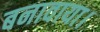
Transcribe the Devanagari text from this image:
बनावाया।